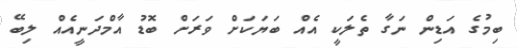
ބިމުގެ އަޑިން ނަގާ ތެލަކީ އެއް ބަޔަކަށް ވަރަށް ބޮޑު އާމްދަނީއެއް ލިބޭ